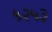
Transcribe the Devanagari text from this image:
५२५३